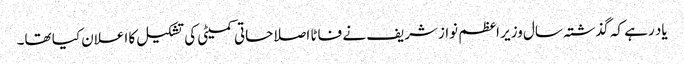
یاد رہے کہ گذشتہ سال وزیر اعظم نوازشریف نے فاٹا اصلاحاتی کمیٹی کی تشکیل کا اعلان کیا تھا۔